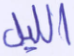
الليل